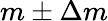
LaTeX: m\pm\Delta m